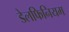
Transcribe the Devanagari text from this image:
डेलफिनियम